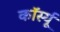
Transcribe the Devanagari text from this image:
कॉर्स्यू